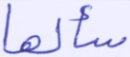
سألها